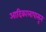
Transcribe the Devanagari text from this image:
आदिकालापासून